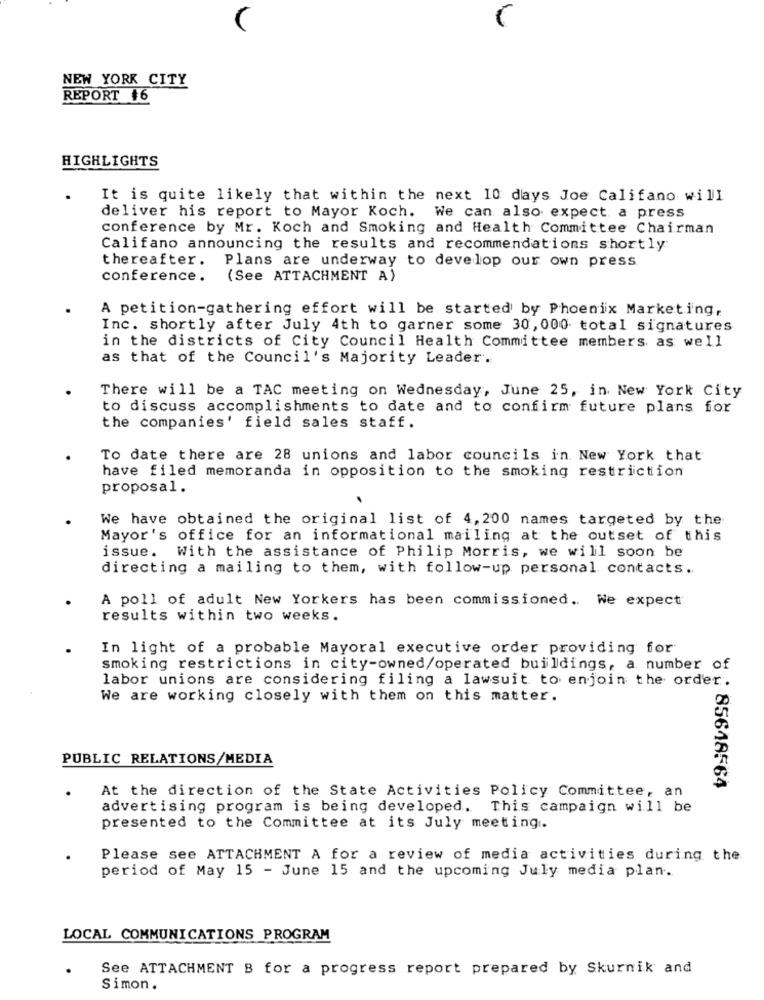
NEW YORK CITY
REPORT +6
HIGHLIGHTS
It is quite likely that within the next 10 days Joe Califano will
deliver his report to Mayor Koch. We can also expect a press
conference by Mr. Koch and Smoking and Health Committee Chairman
Califano announcing the results and recommendations shortly
thereafter.
Plans are underway to develop our own press
conference.
(See ATTACHMENT A)
A petition-gathering effort will be started by Phoenix Marketing,
Inc. shortly after July 4th to garner some 30, 000 total signatures
in the districts of City Council Health Committee members as well
as that of the Council's Majority Leader.
There will be a TAC meeting on Wednesday, June 25, in New York City
to discuss accomplishments to date and to confirm future plans for
the companies' field sales staff.
To date there are 28 unions and labor councils in New York that
have filed memoranda in opposition to the smoking restriction
proposal.
We have obtained the original list of 4, 200 names targeted by the
Mayor's office for an informational mailing at the outset of this
issue. With the assistance of Philip Morris, we will soon be
directing a mailing to them, with follow-up personal contacts.
A poll of adult New Yorkers has been commissioned. We expect
results within two weeks.
In light of a probable Mayoral executive order providing for
smoking restrictions in city-owned/operated buildings, a number of
labor unions are considering filing a lawsuit to enjoin the order.
We are working closely with them on this matter.
PUBLIC RELATIONS/MEDIA
At the direction of the State Activities Policy Committee, an
: 85648564
advertising program is being developed. This campaign will be
presented to the Committee at its July meeting.
Please see ATTACHMENT A for a review of media activities during the
period of May 15 - June 15 and the upcoming July media plan.
LOCAL COMMUNICATIONS PROGRAM
See ATTACHMENT B for a progress report prepared by Skurnik and
Simon.